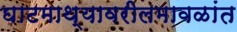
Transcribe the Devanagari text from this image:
घाटमाथ्यावरीलमावळांत